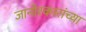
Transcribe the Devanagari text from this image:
जानोरकारांच्या